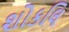
શોકલિ